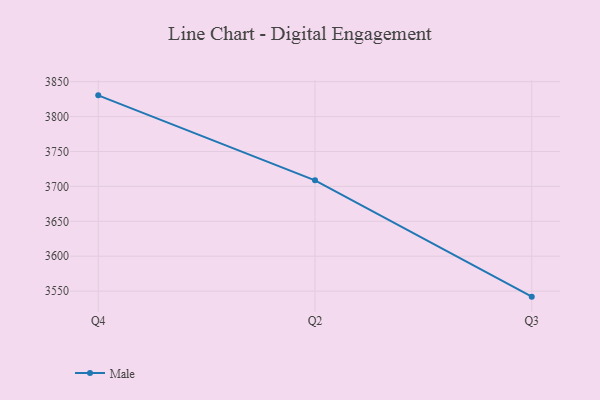
{"axis": {"x": "Quarter", "y": "Inventory Turnover"}, "legend": ["Male"], "data": [{"x": "Q4", "y": 3830.4, "type": "Male"}, {"x": "Q2", "y": 3708.7, "type": "Male"}, {"x": "Q3", "y": 3542.1, "type": "Male"}]}